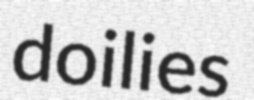
doilies